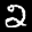
Label: 2